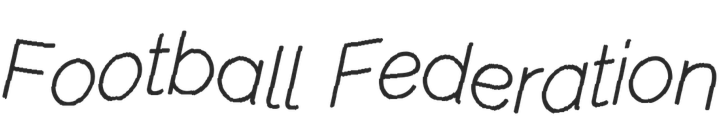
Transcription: Football Federation